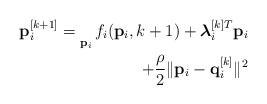
LaTeX: \begin{align*}\mathbf{p}_i^{[k+1]} = \underset{\mathbf{p}_i}{} \, f_i(\mathbf{p}_i,k+1) + \boldsymbol{\lambda}_i^{[k]T}\mathbf{p}_i \\ + \frac{\rho}{2}\|\mathbf{p}_i - \mathbf{q}_i^{[k]}\|^2 \end{align*}